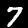
Label: 7